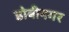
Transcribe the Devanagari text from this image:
डोबीनगर